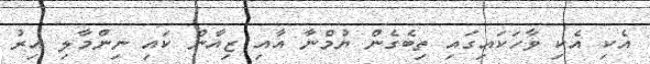
އެކި އެކި ވާހަކައިގައި ތިބެގެން ޔުމްނާ އާއި ޒިއާން ކައި ނިންމާލި އިރު